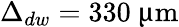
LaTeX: \Delta_{dw}=330~\upmu\textrm{m}